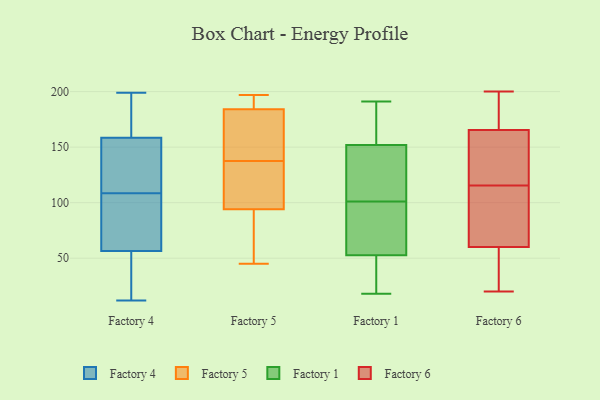
{"axis": {"x": "Active Users", "y": "Value"}, "legend": ["Factory 1", "Factory 4", "Factory 5", "Factory 6"], "data": [{"x": "", "y": 164, "type": "Factory 4"}, {"x": "", "y": 153, "type": "Factory 4"}, {"x": "", "y": 52, "type": "Factory 4"}, {"x": "", "y": 167, "type": "Factory 4"}, {"x": "", "y": 61, "type": "Factory 4"}, {"x": "", "y": 112, "type": "Factory 4"}, {"x": "", "y": 199, "type": "Factory 4"}, {"x": "", "y": 12, "type": "Factory 4"}, {"x": "", "y": 46, "type": "Factory 4"}, {"x": "", "y": 130, "type": "Factory 4"}, {"x": "", "y": 183, "type": "Factory 4"}, {"x": "", "y": 76, "type": "Factory 4"}, {"x": "", "y": 137, "type": "Factory 4"}, {"x": "", "y": 21, "type": "Factory 4"}, {"x": "", "y": 73, "type": "Factory 4"}, {"x": "", "y": 88, "type": "Factory 4"}, {"x": "", "y": 34, "type": "Factory 4"}, {"x": "", "y": 181, "type": "Factory 4"}, {"x": "", "y": 144, "type": "Factory 4"}, {"x": "", "y": 105, "type": "Factory 4"}, {"x": "", "y": 140, "type": "Factory 5"}, {"x": "", "y": 45, "type": "Factory 5"}, {"x": "", "y": 165, "type": "Factory 5"}, {"x": "", "y": 139, "type": "Factory 5"}, {"x": "", "y": 68, "type": "Factory 5"}, {"x": "", "y": 95, "type": "Factory 5"}, {"x": "", "y": 94, "type": "Factory 5"}, {"x": "", "y": 197, "type": "Factory 5"}, {"x": "", "y": 184, "type": "Factory 5"}, {"x": "", "y": 136, "type": "Factory 5"}, {"x": "", "y": 75, "type": "Factory 5"}, {"x": "", "y": 196, "type": "Factory 5"}, {"x": "", "y": 196, "type": "Factory 5"}, {"x": "", "y": 121, "type": "Factory 5"}, {"x": "", "y": 58, "type": "Factory 1"}, {"x": "", "y": 51, "type": "Factory 1"}, {"x": "", "y": 30, "type": "Factory 1"}, {"x": "", "y": 107, "type": "Factory 1"}, {"x": "", "y": 190, "type": "Factory 1"}, {"x": "", "y": 18, "type": "Factory 1"}, {"x": "", "y": 101, "type": "Factory 1"}, {"x": "", "y": 173, "type": "Factory 1"}, {"x": "", "y": 108, "type": "Factory 1"}, {"x": "", "y": 128, "type": "Factory 1"}, {"x": "", "y": 58, "type": "Factory 1"}, {"x": "", "y": 23, "type": "Factory 1"}, {"x": "", "y": 67, "type": "Factory 1"}, {"x": "", "y": 191, "type": "Factory 1"}, {"x": "", "y": 160, "type": "Factory 1"}, {"x": "", "y": 24, "type": "Factory 6"}, {"x": "", "y": 46, "type": "Factory 6"}, {"x": "", "y": 180, "type": "Factory 6"}, {"x": "", "y": 54, "type": "Factory 6"}, {"x": "", "y": 20, "type": "Factory 6"}, {"x": "", "y": 167, "type": "Factory 6"}, {"x": "", "y": 147, "type": "Factory 6"}, {"x": "", "y": 34, "type": "Factory 6"}, {"x": "", "y": 139, "type": "Factory 6"}, {"x": "", "y": 177, "type": "Factory 6"}, {"x": "", "y": 67, "type": "Factory 6"}, {"x": "", "y": 174, "type": "Factory 6"}, {"x": "", "y": 111, "type": "Factory 6"}, {"x": "", "y": 164, "type": "Factory 6"}, {"x": "", "y": 66, "type": "Factory 6"}, {"x": "", "y": 132, "type": "Factory 6"}, {"x": "", "y": 120, "type": "Factory 6"}, {"x": "", "y": 109, "type": "Factory 6"}, {"x": "", "y": 77, "type": "Factory 6"}, {"x": "", "y": 200, "type": "Factory 6"}]}